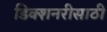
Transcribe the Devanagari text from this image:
डिक्शनरीसाठी